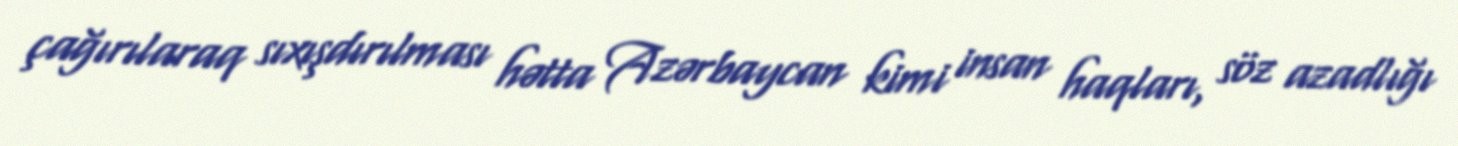
çağırılaraq sıxışdırılması hətta Azərbaycan kimi insan haqları, söz azadlığı